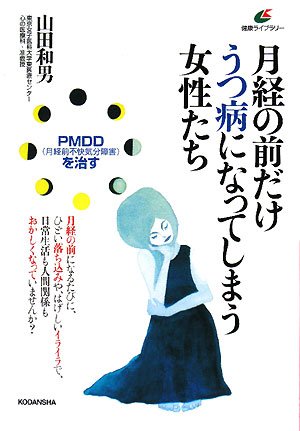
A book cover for Cure (premenstrual dysphoric disorder)-PMDD women that become depression just before menstruation (health library) (2008) ISBN: 4062592886 [Japanese Import]; Health, Fitness & Dieting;